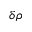
\delta \rho